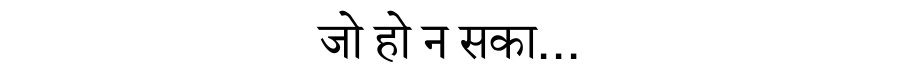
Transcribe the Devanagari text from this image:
जो हो न सका...